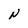
Character: N